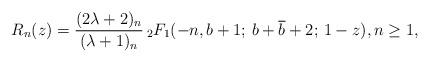
LaTeX: \begin{align*} R_n(z) = \frac{(2\lambda+2)_n}{(\lambda+1)_n} \, _2F_1(-n,b+1;\,b+\overline{b}+2;\,1-z), n \geq 1,\end{align*}